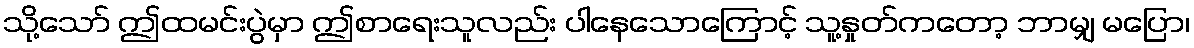
သို့သော် ဤထမင်းပွဲမှာ ဤစာရေးသူလည်း ပါနေသောကြောင့် သူ့နှုတ်ကတော့ ဘာမျှ မပြော၊